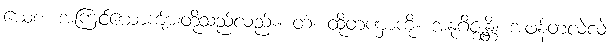
ယေစ၊ အကြင်ယောကျ်ားတို့သည်လည်း။ တံ၊ ထိုတဏှာကို။ အနုဂိဇ္ဈန္တိ၊ အဖန်တလဲလဲ